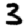
Digit: 3